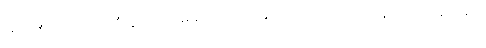
ဆိုတဲ့ ဒီအင်္ဂါ ၄-ပါး ညီညွတ်လျှင် မုသာဝါဒကံ မြောက်တယ်၊ အဲဒါဟာ သူတစ်ပါး အကျိုးကို